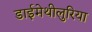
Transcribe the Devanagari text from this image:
डाईमेथीलुरिया